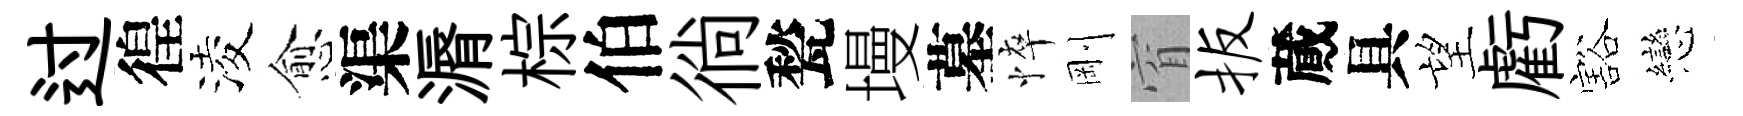
过徨淩愈渠漘棕伯徜甃墁墓悴剛窅扳蕆具望虧豁戀